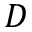
D